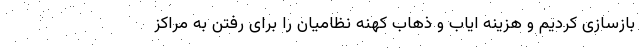
بازسازی کردیم و هزینه ایاب و ذهاب کهنه نظامیان را برای رفتن به مراکز